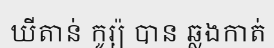
ឃីតាន់ កូរ្យ៉ បាន ឆ្លងកាត់